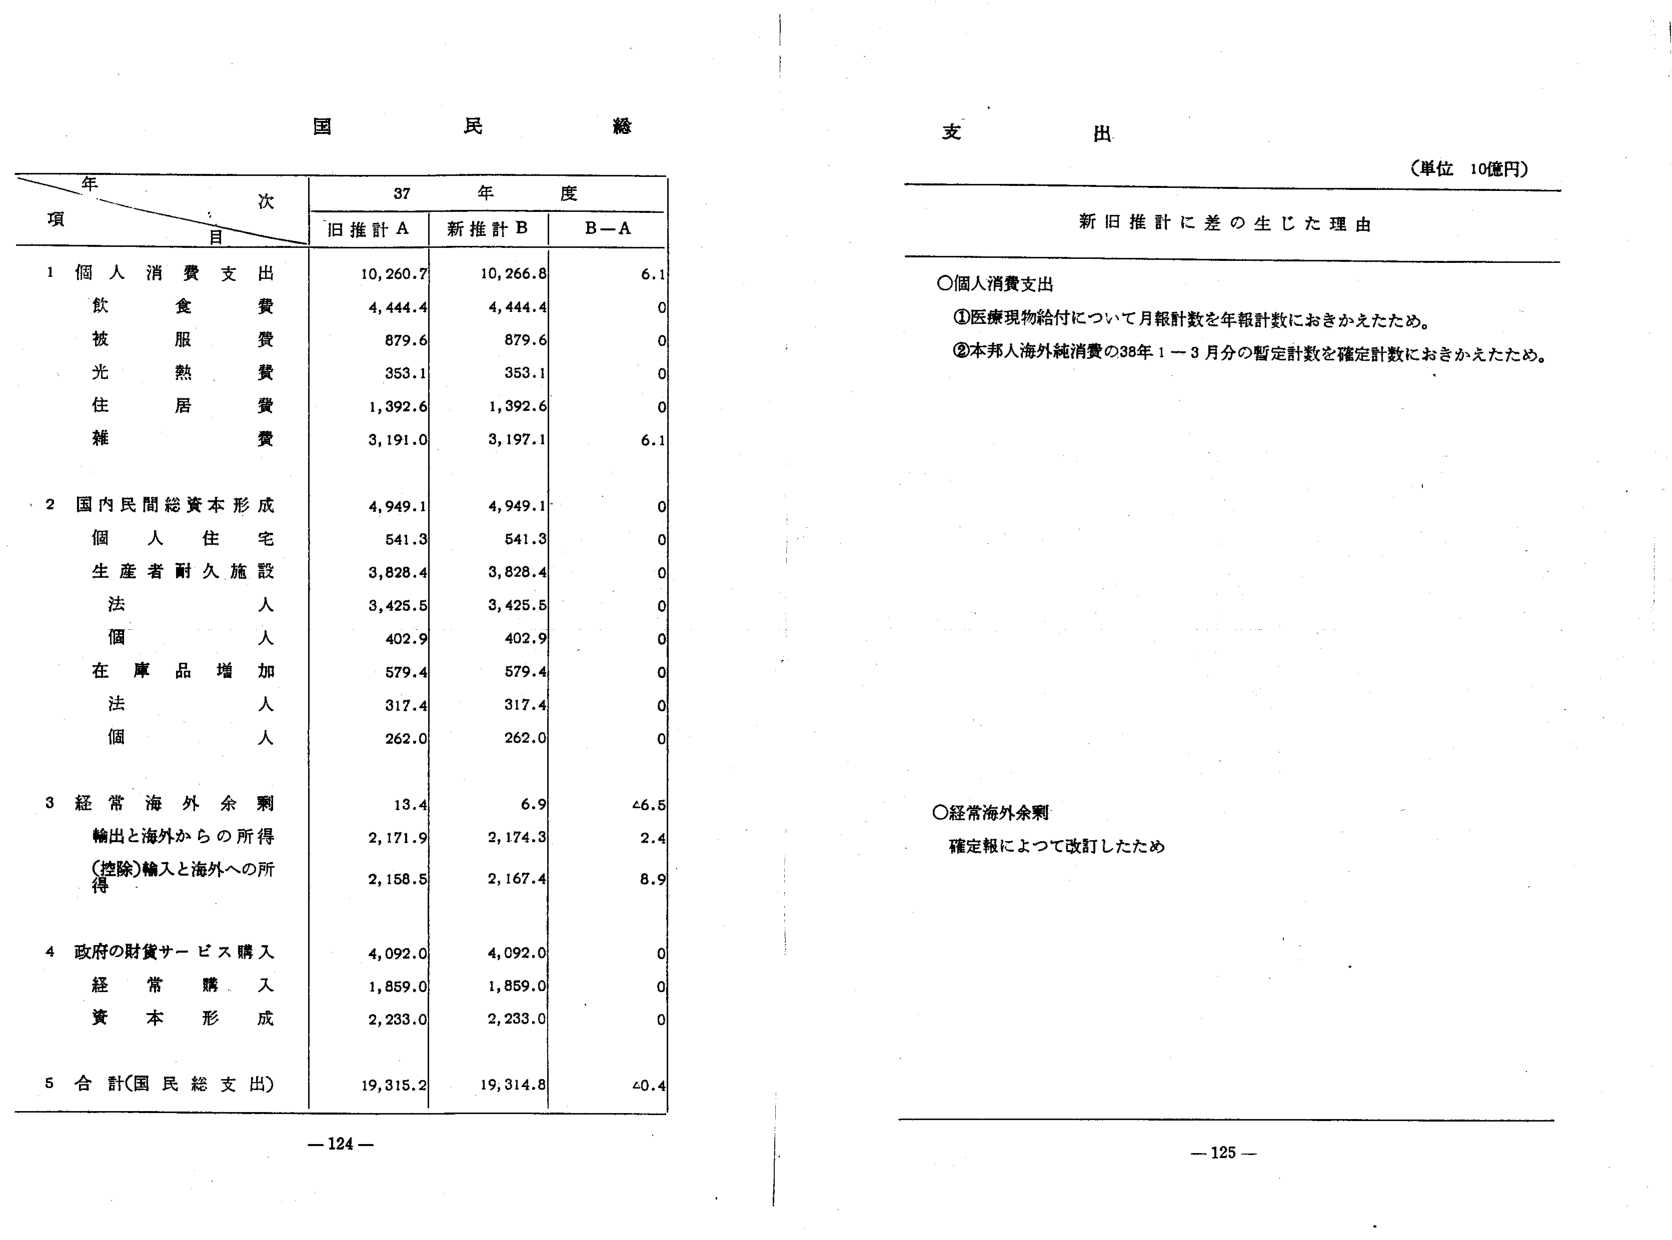
国民総
支出
（単位 10億円）
新旧推計に差の生じた理由

○個人消費支出
①医療現物給付について月報計数を年報計数におきかえたため。
②本邦人海外純消費の38年1－3月分の暫定計数を確定計数におきかえたため。

○経常海外余剰
確定報によって改訂したため

年
次
項
目
37年度
旧推計A
新推計B
B－A

1 個人消費支出
10,260.7
10,266.8
6.1
　飲食費
4,444.4
4,444.4
0
　被服費
879.6
879.6
0
　光熱費
353.1
353.1
0
　住居費
1,392.6
1,392.6
0
　雑費
3,191.0
3,197.1
6.1

2 国内民間総資本形成
4,949.1
4,949.1
0
　個人住宅
541.3
541.3
0
　生産者耐久施設
3,828.4
3,828.4
0
　法人
3,425.5
3,425.5
0
　個人
402.9
402.9
0
　在庫品増加
579.4
579.4
0
　法人
317.4
317.4
0
　個人
262.0
262.0
0

3 経常海外余剰
13.4
6.9
-6.5
　輸出と海外からの所得
2,171.9
2,174.3
2.4
　（控除）輸入と海外への所得
2,158.5
2,167.4
8.9

4 政府の財貨サービス購入
4,092.0
4,092.0
0
　経常購入
1,859.0
1,859.0
0
　資本形成
2,233.0
2,233.0
0

5 合計（国民総支出）
19,315.2
19,314.8
-0.4

-124-
-125-